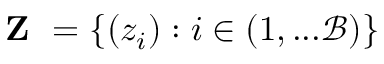
\textbf { Z } = \{ { ( z _ { i } ) } : i \in ( 1 , . . . \mathcal { B } ) \}